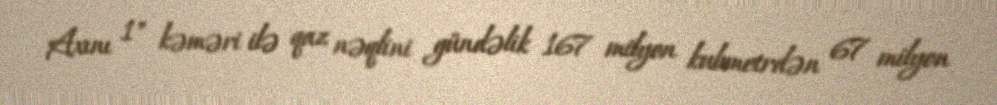
Axını 1" kəməri ilə qaz nəqlini gündəlik 167 milyon kubmetrdən 67 milyon